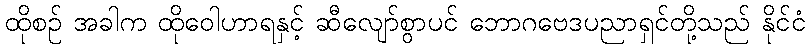
ထိုစဉ် အခါက ထိုဝေါဟာရနှင့် ဆီလျော်စွာပင် ဘောဂဗေဒပညာရှင်တို့သည် နိုင်ငံ